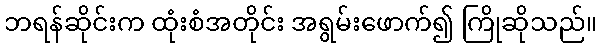
ဘရန်ဆိုင်းက ထုံးစံအတိုင်း အရွမ်းဖောက်၍ ကြိုဆိုသည်။